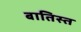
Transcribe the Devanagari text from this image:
बातिस्त